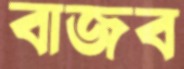
বাজব